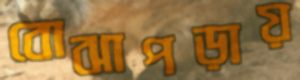
বোঝাপড়ায়